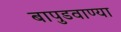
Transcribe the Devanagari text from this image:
बापुडवाण्या